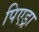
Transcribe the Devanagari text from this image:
पिएड्रा